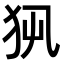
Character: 𤜿